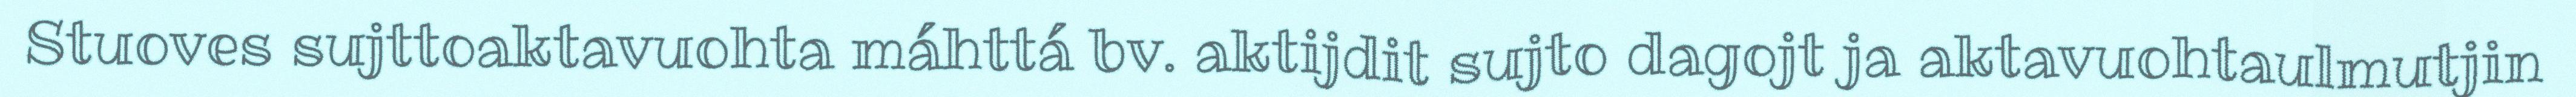
Stuoves sujttoaktavuohta máhttá bv. aktijdit sujto dagojt ja aktavuohtaulmutjin